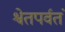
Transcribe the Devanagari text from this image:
श्वेतपर्वतं